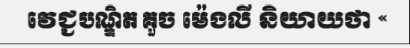
វេជ្ជបណ្ឌិត គួច ម៉េងលី និយាយថា «